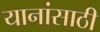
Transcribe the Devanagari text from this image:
यानांसाठी